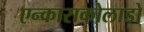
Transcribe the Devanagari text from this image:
एन्काराकोलाडो